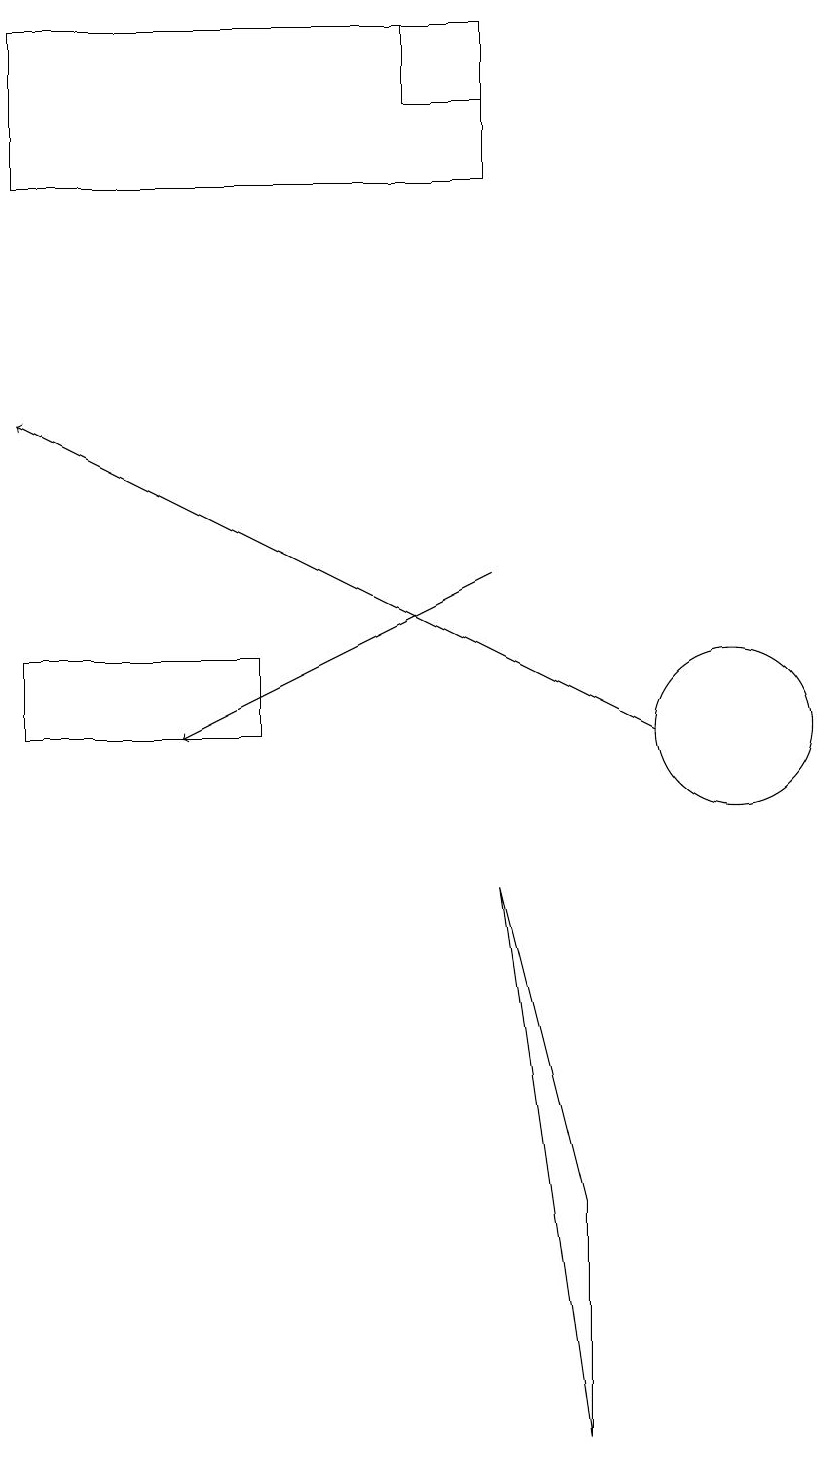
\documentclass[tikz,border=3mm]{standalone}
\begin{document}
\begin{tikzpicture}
\draw[->] (7,12) -- (3,10);
\draw (10,10) circle (1);
\draw (1,19) rectangle (7,17);
\draw (1,11) rectangle (4,10);
\draw[->] (9,10) -- (1,14);
\draw (8,1) -- (7,8) -- (8,4) -- cycle;
\draw (7,19) rectangle (6,18);
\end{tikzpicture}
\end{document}